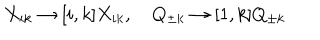
X _ { i k } \to [ i , k ] X _ { i k } , \quad Q _ { \pm k } \to [ 1 , k ] Q _ { \pm k }